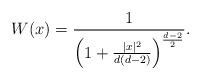
LaTeX: \begin{align*} W(x) = \frac{1}{\left(1 + \frac{|x|^2}{d(d-2)}\right)^{\frac{d-2}{2}}}.\end{align*}